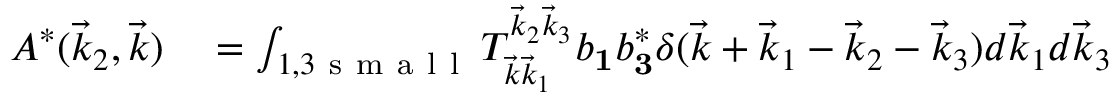
\begin{array} { r l } { A ^ { * } ( \vec { k } _ { 2 } , \vec { k } ) } & { { } = \int _ { 1 , 3 \mathrm { ~ s ~ m ~ a ~ l ~ l ~ } } T _ { \vec { k } \vec { k } _ { 1 } } ^ { \vec { k } _ { 2 } \vec { k } _ { 3 } } b _ { \mathbf 1 } b _ { \mathbf 3 } ^ { * } \delta ( \vec { k } + \vec { k } _ { 1 } - \vec { k } _ { 2 } - \vec { k } _ { 3 } ) d \vec { k } _ { 1 } d \vec { k } _ { 3 } } \end{array}